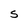
Character: S